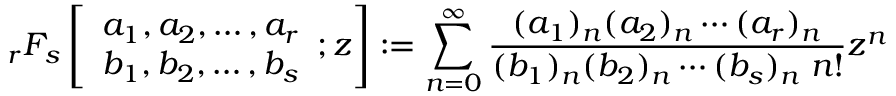
_ { r } F _ { s } \left[ { \begin{array} { l } { a _ { 1 } , a _ { 2 } , \dotsc , a _ { r } } \\ { b _ { 1 } , b _ { 2 } , \dotsc , b _ { s } } \end{array} } ; z \right] : = \sum _ { n = 0 } ^ { \infty } { \frac { ( a _ { 1 } ) _ { n } ( a _ { 2 } ) _ { n } \dotsb ( a _ { r } ) _ { n } } { ( b _ { 1 } ) _ { n } ( b _ { 2 } ) _ { n } \dotsb ( b _ { s } ) _ { n } \; n ! } } z ^ { n }